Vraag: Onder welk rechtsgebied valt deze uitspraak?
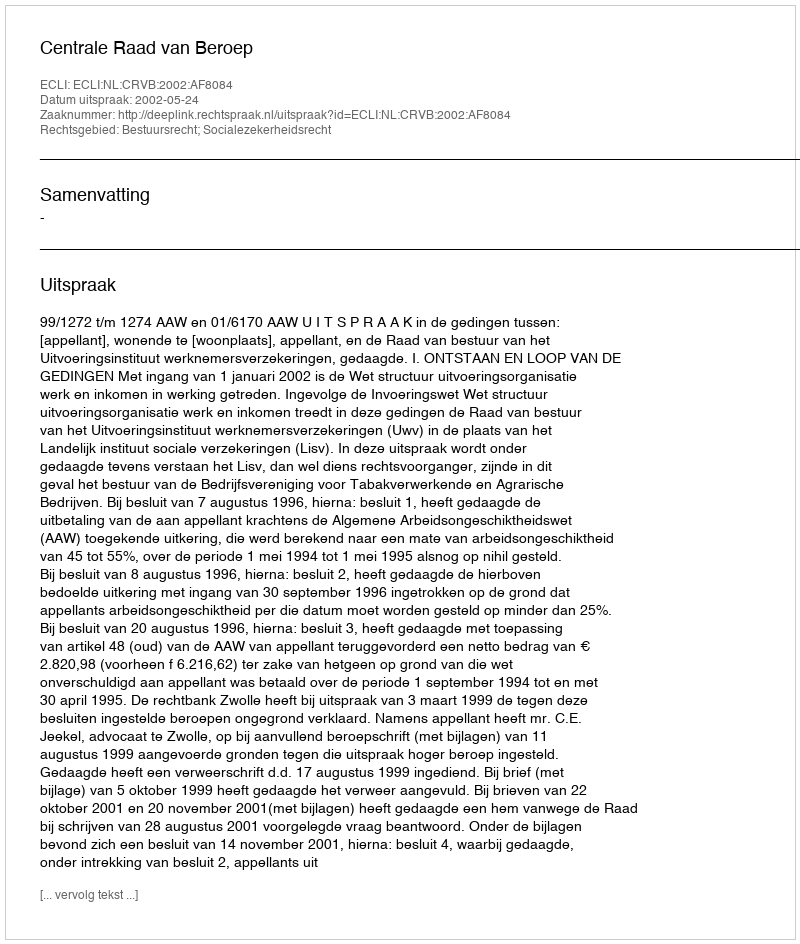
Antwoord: Bestuursrecht; Socialezekerheidsrecht